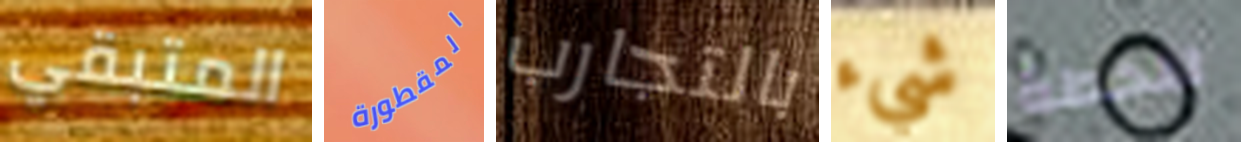
المتبقي المقطورة بالتجارب شيء للخطة